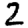
Digit: 2